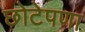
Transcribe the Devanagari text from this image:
छोटेपणा